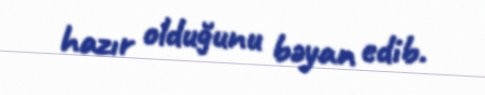
hazır olduğunu bəyan edib.